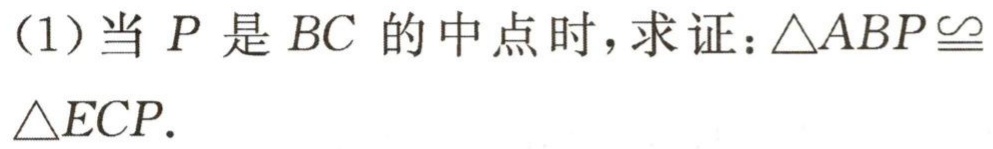
(1)当 \(P\) 是 \(BC\) 的中点时，求证：\(\triangle ABP\cong\triangle ECP\).